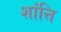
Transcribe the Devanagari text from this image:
शांत्ति